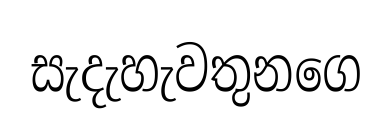
සැදැහැවතුනගෙ